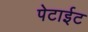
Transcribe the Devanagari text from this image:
पेटाईट